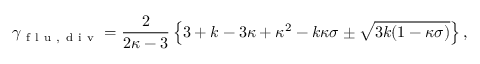
\gamma _ { \mathrm { ~ f ~ l ~ u ~ } , \mathrm { ~ d ~ i ~ v ~ } } = \frac { 2 } { 2 \kappa - 3 } \left\{ 3 + k - 3 \kappa + \kappa ^ { 2 } - k \kappa \sigma \pm \sqrt { 3 k ( 1 - \kappa \sigma ) } \right\} ,